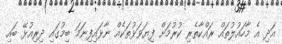
އަދި އެ މާހައުލުތައް ރައްކާތެރި ކުރުމަށް ފިޔަވަޅުތަކެއް ނާޅައިފިނަމަ ބިމުގައި ދިރިއުޅޭ ބައި